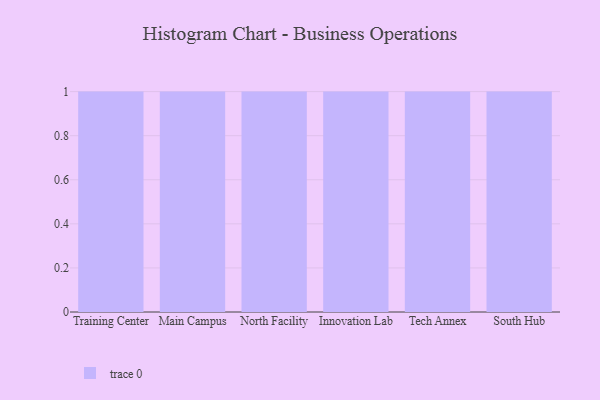
{"axis": {"x": "Campus", "y": "Website Visitors"}, "legend": [""], "data": [{"x": "Training Center", "y": 48, "type": ""}, {"x": "Main Campus", "y": 94, "type": ""}, {"x": "North Facility", "y": 59, "type": ""}, {"x": "Innovation Lab", "y": 70, "type": ""}, {"x": "Tech Annex", "y": 16, "type": ""}, {"x": "South Hub", "y": 11, "type": ""}]}